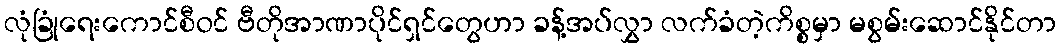
လုံခြုံရေးကောင်စီဝင် ဗီတိုအာဏာပိုင်ရှင်တွေဟာ ခန့်အပ်လွှာ လက်ခံတဲ့ကိစ္စမှာ မစွမ်းဆောင်နိုင်တာ